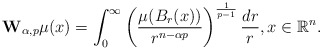
\begin{align*}\mathbf{W}_{\alpha, p}\mu(x)=\int_0^{\infty} \left(\frac{\mu(B_r(x))}{r^{n-\alpha p}}\right)^{\frac{1}{p-1}}\frac{dr}{r}, x \in \mathbb{R}^n. \end{align*}